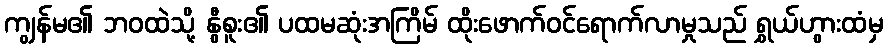
ကျွန်မ၏ ဘဝထဲသို့ နွီစူး၏ ပထမဆုံးအကြိမ် ထိုးဖောက်ဝင်ရောက်လာမှုသည် ရွှယ်ဟွားထံမှ